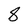
Character: 8